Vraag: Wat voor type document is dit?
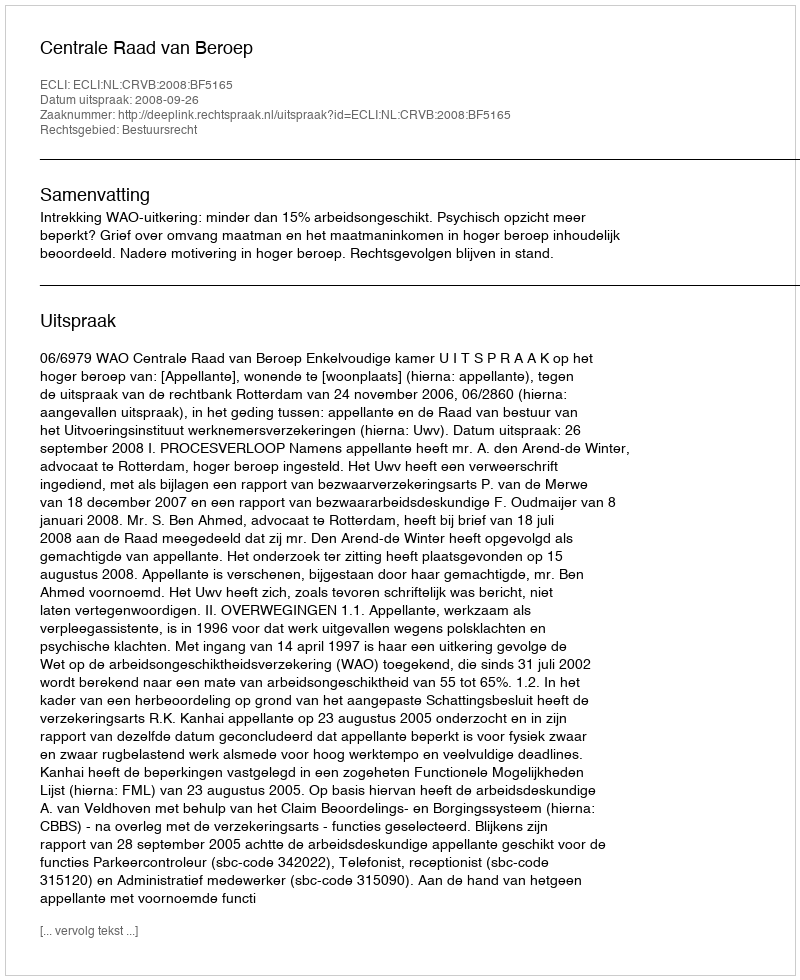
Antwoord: Uitspraak